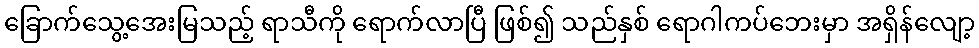
ခြောက်သွေ့အေးမြသည့် ရာသီကို ရောက်လာပြီ ဖြစ်၍ သည်နှစ် ရောဂါကပ်ဘေးမှာ အရှိန်လျော့